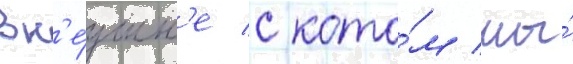
Вн'е́шн'е с кото́м мы́